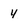
Character: 4